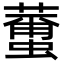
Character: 𮑿